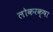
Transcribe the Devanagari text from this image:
लोकरक्षा